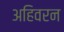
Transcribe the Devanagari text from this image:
अहिवरन